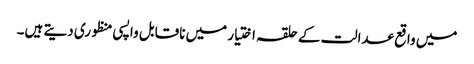
میں واقع عدالت کے حلقہ اختیار میں ناقابل واپسی منظوری دیتے ہیں۔